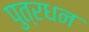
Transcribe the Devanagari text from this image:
पुत्रधन